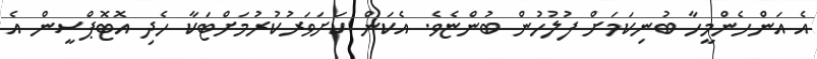
އެ އަންހެންމީހާ ބުނިކަމަށް ފުލުހުން ބުންޏެވެ. އެކަން ކަށަވަރުކުރުމަށްޓަކާ ހެދި އޮޓޮޕްސީން އެ